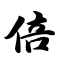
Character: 倍